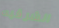
الشرقيه